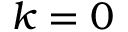
k = 0